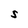
Character: S